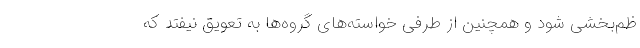
ظم‌بخشی شود و همچنین از طرفی خواسته‌های گروه‌ها به تعویق نیفتد که